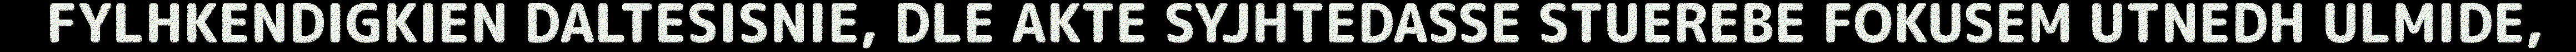
FYLHKENDIGKIEN DALTESISNIE, DLE AKTE SYJHTEDASSE STUEREBE FOKUSEM UTNEDH ULMIDE,